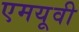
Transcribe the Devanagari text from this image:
एमयूवी